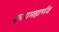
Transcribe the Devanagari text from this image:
कृत्यमहार्णव